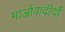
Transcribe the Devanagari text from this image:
माओवादीयौं